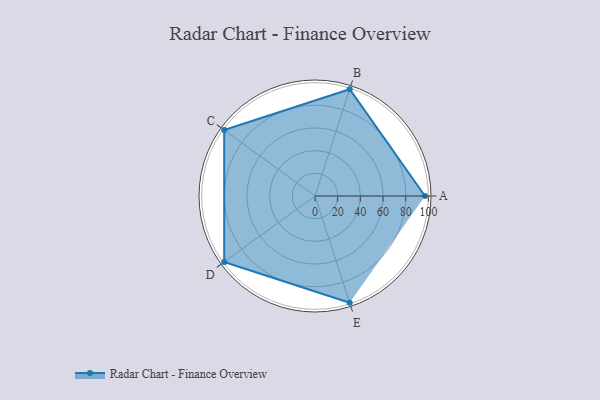
{"axis": {"x": "Skill", "y": "Score"}, "legend": ["Profile"], "data": [{"x": "A", "y": 97.0, "type": "Profile"}, {"x": "B", "y": 99.0, "type": "Profile"}, {"x": "C", "y": 99, "type": "Profile"}, {"x": "D", "y": 99, "type": "Profile"}, {"x": "E", "y": 99, "type": "Profile"}]}